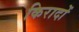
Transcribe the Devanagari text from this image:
किरादों